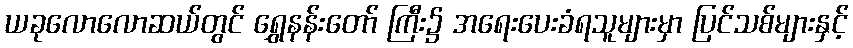
ယခုလောလောဆယ်တွင် ရွှေနန်းတော် ကြီး၌ အရေးပေးခံရသူများမှာ ပြင်သစ်များနှင့်